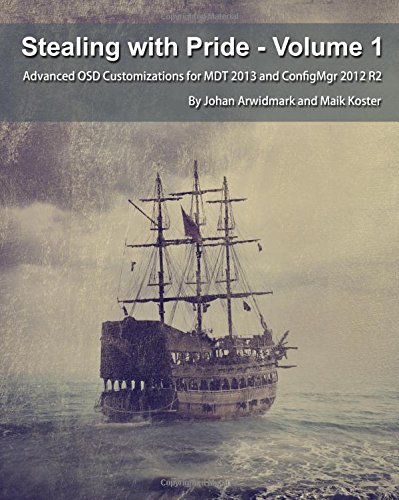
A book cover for Stealing with Pride, Vol. 1: Advanced OSD Customizations for MDT 2013 and ConfigMgr 2012 R2; Johan Arwidmark; Computers & Technology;